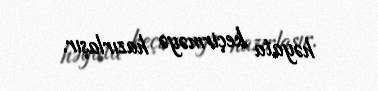
həyata keçirməyə hazırlaşır.